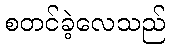
စတင်ခဲ့လေသည်